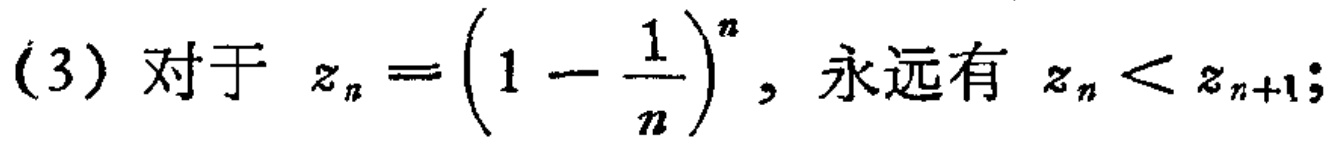
(3) 对于 \(z_{n}=\left(1 - \frac{1}{n}\right)^{n}\)，永远有 \(z_{n}<z_{n + 1}\);